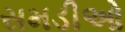
સમડીઓ